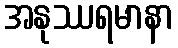
အနုဿရမာနာ